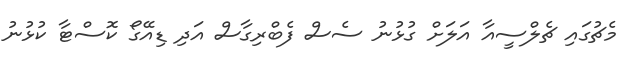
މެޗުގައި ޗެލްސީއާ އަލަށް ގުޅުނު ސެސް ފެބްރިގާސް އަދި ޑިއޭގޯ ކޮސްޓާ ކުޅުނު